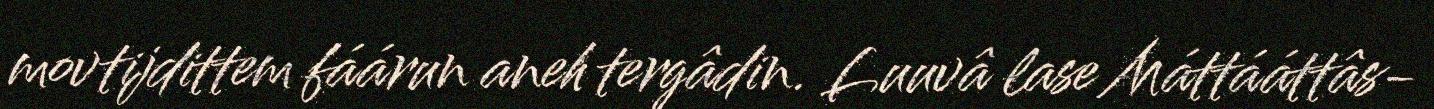
movtijdittem fáárun aneh tergâdin. Luuvâ lase Máttááttâs-